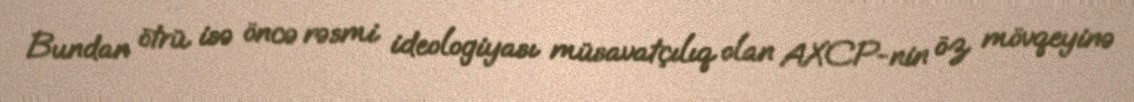
Bundan ötrü isə öncə rəsmi ideologiyası müsavatçılıq olan AXCP-nin öz mövqeyinə